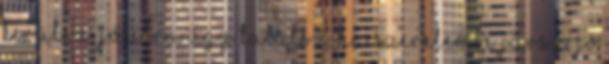
kerülsz. Jó útra úgy találsz, ha szerelembe jársz. Jó